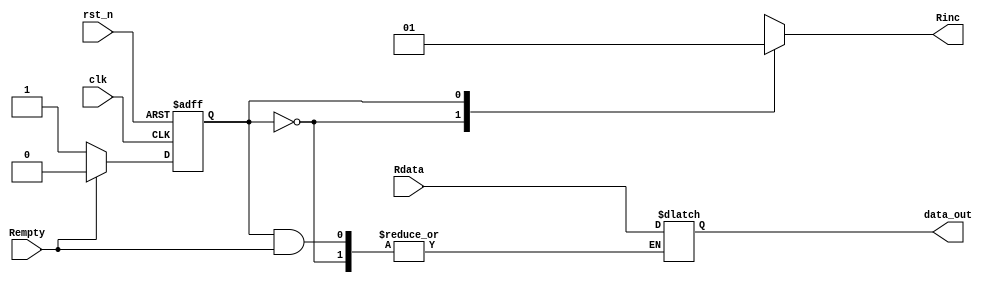
module dataRDSM(clk, Rempty, rst_n, Rdata, Rinc, data_out);

input clk, Rempty, rst_n; //entradas al modulo, memoria vacia y reset
input [15:0] Rdata; //datos de entrada al modulo, provienen de la fifo
output reg Rinc; //salida para habilitar la lectura de memoria
output reg [15:0] data_out; //salida con los datos leidos

parameter //estados posibles
	S0 = 1'b0, //estado inicial, memoria vacia
	S1 = 1'b1; //memoria con datos

reg state, next=S0;

always@(posedge clk or negedge rst_n) begin //actualizacion del estado
if(!rst_n) state<=S0;
else state<=next;
end

always@(state or Rempty or Rdata) begin //calculo del estado futuro y generacion de la seal de lectura

case(state)

S0: begin
if(Rempty) begin
next<=S0; //la memoria no tiene datos, seguiremos en el mismo estado
data_out<=data_out; //los datos de salida seran los ltimos que hayamos sacado
Rinc<=1'b0; //la lectura en memoria se deshabilita
end
else begin //en caso de tener datos en la fifo
next<=S1; //actualizamos el estado futuro
data_out<=data_out; //seguimos sacando los ultimos datos leidos
Rinc<=1'b0; //seguimos con lectura deshabilitada
end
end

S1: begin
if(Rempty) begin
next<=S0;
data_out<=data_out;
Rinc<=1'b1;
end
else begin
next<=S1;
data_out<=Rdata;
Rinc<=1'b1;
end
end
endcase
end
endmodule